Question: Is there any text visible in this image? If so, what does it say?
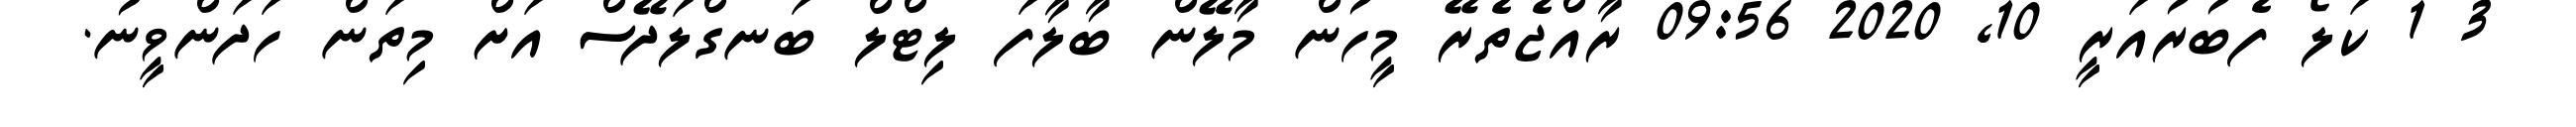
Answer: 3 1 ކަލޯ ފެބުރުއަރީ 10, 2020 09:56 ރާއްޖެތެރޭ މީހުން މާލޭން ބާލާފަ ލިޓްލް ބަނގްލަދޭސް އަށް މިތަން ހަދަންވީނު.